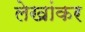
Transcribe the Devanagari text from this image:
लेखांकर